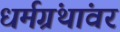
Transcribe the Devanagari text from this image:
धर्मग्रंथांवर